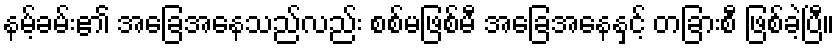
နမ့်ခမ်း၏ အခြေအနေသည်လည်း စစ်မဖြစ်မီ အခြေအနေနှင့် တခြားစီ ဖြစ်ခဲ့ပြီ။